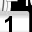
Digit: 1